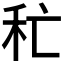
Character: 𥝕